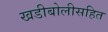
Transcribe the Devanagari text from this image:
खडीबोलीसहित